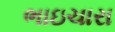
ભાઇચારા